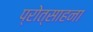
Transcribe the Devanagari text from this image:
प्रोत्साहना